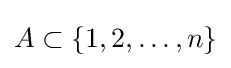
A\subset \{1,2,\dots ,n\}